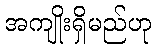
အကျိုးရှိမည်ဟု